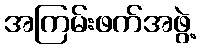
အကြမ်းဖက်အဖွဲ့